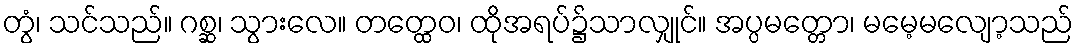
တွံ၊ သင်သည်။ ဂစ္ဆ၊ သွားလေ။ တတ္ထေဝ၊ ထိုအရပ်၌သာလျှုင်။ အပ္ပမတ္တော၊ မမေ့မလျော့သည်